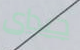
جيداى